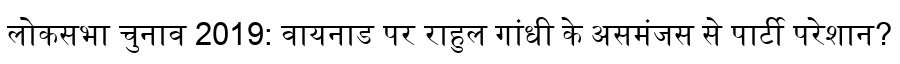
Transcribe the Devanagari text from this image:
लोकसभा चुनाव 2019: वायनाड पर राहुल गांधी के असमंजस से पार्टी परेशान?